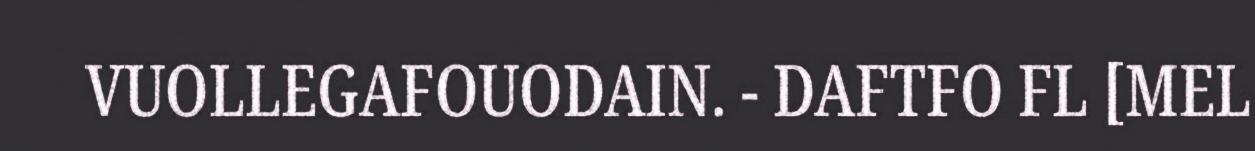
VUOLLEGAFOUODAIN. - DAFTFO FL [MEL